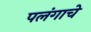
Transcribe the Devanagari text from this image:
पलंगाचे